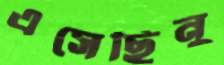
এসেছিনু